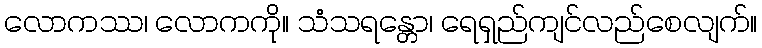
လောကဿ၊ လောကကို။ သံသရန္တော၊ ရေရှည်ကျင်လည်စေလျက်။